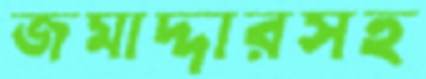
জমাদ্দারসহ